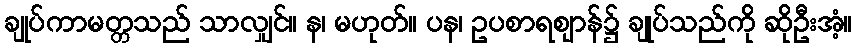
ချုပ်ကာမတ္တသည် သာလျှင်။ န၊ မဟုတ်။ ပန၊ ဥပစာရဈာန်၌ ချုပ်သည်ကို ဆိုဦးအံ့။